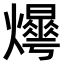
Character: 𤑼